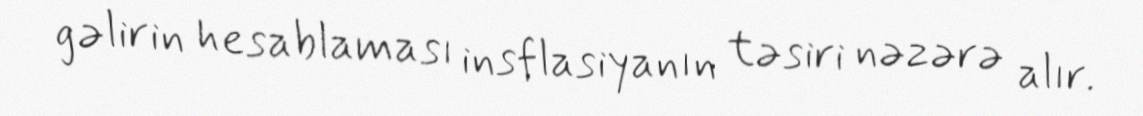
gəlirin hesablaması insflasiyanın təsiri nəzərə alır.